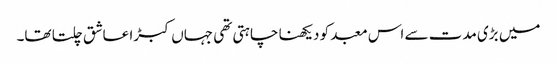
میں بڑی مدت سے اس معبد کو دیکھنا چاہتی تھی جہاں کبڑا عاشق چلتا تھا۔